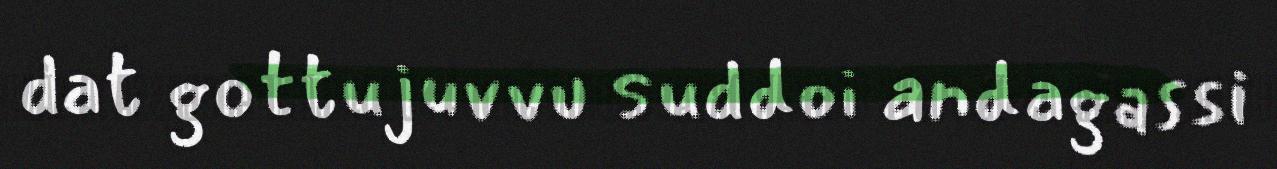
dat gottujuvvu suddoi andagassi